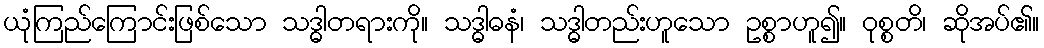
ယုံကြည်ကြောင်းဖြစ်သော သဒ္ဓါတရားကို။ သဒ္ဓါဓနံ၊ သဒ္ဓါတည်းဟူသော ဥစ္စာဟူ၍။ ဝုစ္စတိ၊ ဆိုအပ်၏။